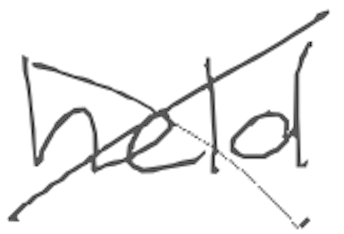
Text: held
Cross-out: cross
Writing tool: digital_gray